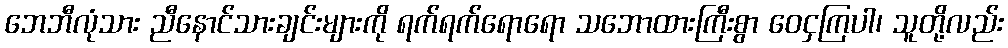
ဘေဘီလုံသား ညီနောင်သားချင်းများကို ရက်ရက်ရောရော သဘောထားကြီးစွာ ဝေငှကြပါ၊ သူတို့လည်း